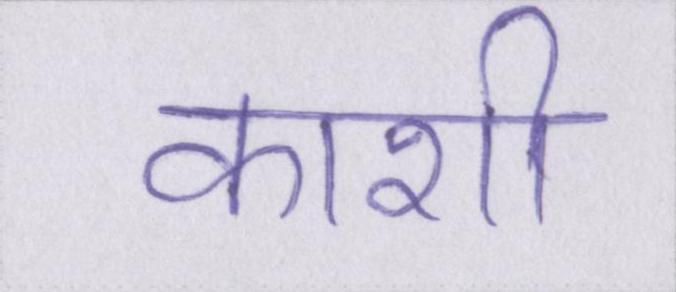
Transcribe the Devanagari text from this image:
काशी